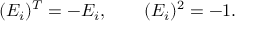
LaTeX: ( E _ { i } ) ^ { T } = - E _ { i } , \quad \quad ( E _ { i } ) ^ { 2 } = - 1 .